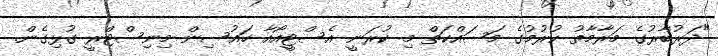
"ދަރުބާރުގެ މަރާމާތު ކުރުމުގެ މަސައްކަތް މި ކުރަނީ އެސްޓީއޯއާ ހައުސިން މިނިސްޓްރީ ގުޅިގެން.